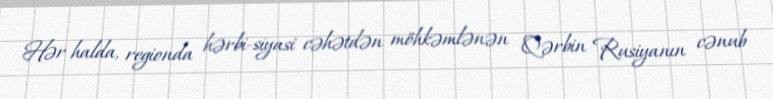
Hər halda, regionda hərbi-siyasi cəhətdən möhkəmlənən Qərbin Rusiyanın cənub